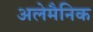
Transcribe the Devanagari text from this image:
अलेमैनिक